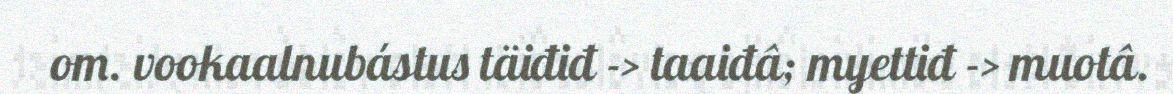
om. vookaalnubástus täiđiđ -> taaiđâ; myettiđ -> muotâ.